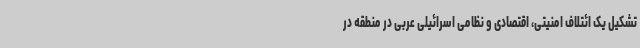
تشکیل یک ائتلاف امنیتی، اقتصادی و نظامی اسرائیلی عربی در منطقه در